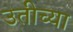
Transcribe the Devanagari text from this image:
उतीच्या